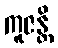
ကူဇန္တိ